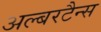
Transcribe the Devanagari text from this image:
अल्बरटैन्स